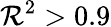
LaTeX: \mathcal{R}^{2}>0.9